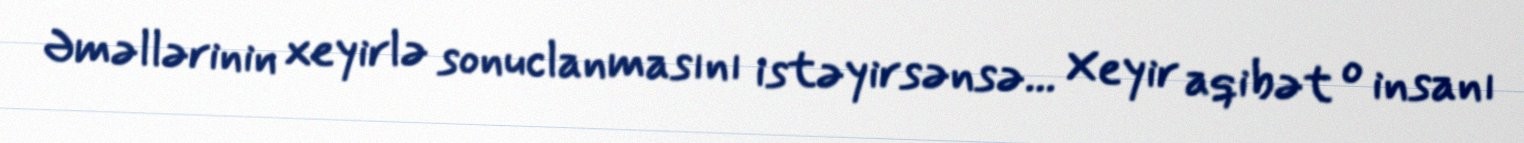
Əməllərinin xeyirlə sonuclanmasını istəyirsənsə... Xeyir aqibət o insanı